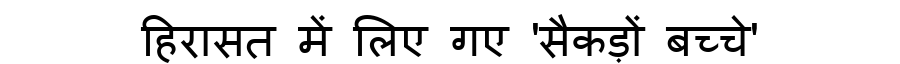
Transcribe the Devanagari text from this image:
हिरासत में लिए गए 'सैकड़ों बच्चे'